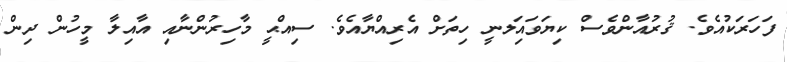
ފަހަރަކުއެވެ. ޤުރުއާންވެސް ކިޔަވައިަލނީ ހިތަށް އެރިއްޔާއެވެ. ސިއްޙީ މާހިރުންނާއި އާއިލާ މީހުން ދިން